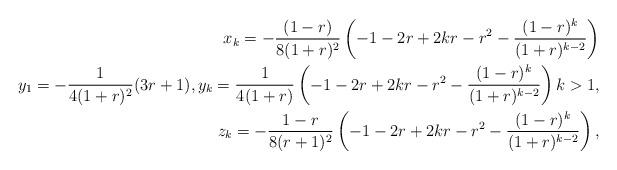
LaTeX: \begin{align*} x_{k} = -\frac{(1-r)}{8(1+r)^{2}} \left(-1 - 2 r + 2 k r - r^2 - \frac{(1-r)^{k}}{(1+r)^{k-2}}\right) \\y_{1} = -\frac{1}{4(1+r)^2}(3r+1), y_{k} = \frac{1}{4(1+r)}\left(-1 - 2 r + 2 k r - r^2 - \frac{(1-r)^{k}}{(1+r)^{k-2}}\right) k > 1, \\z_{k} = -\frac{1-r}{8(r+1)^2}\left(-1 - 2 r + 2 k r - r^2 - \frac{(1-r)^{k}}{(1+r)^{k-2}}\right),\\\end{align*}